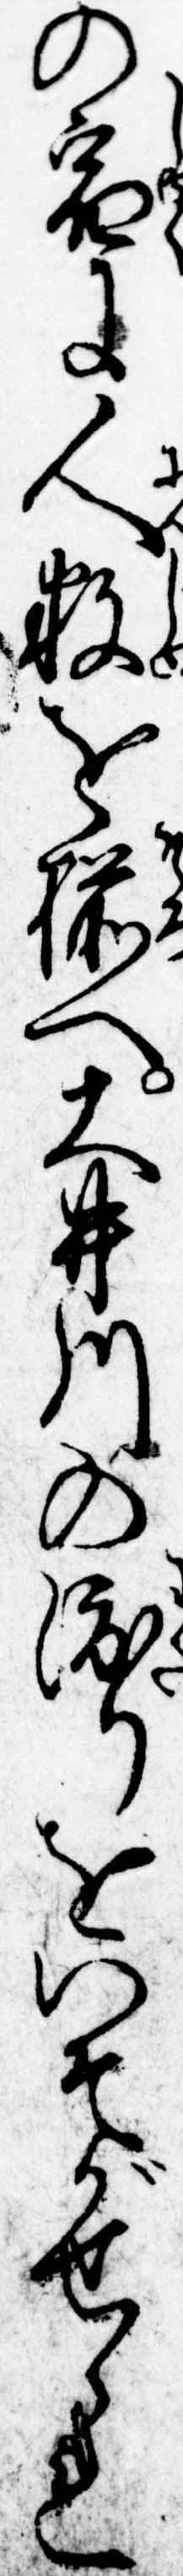
の宿に人数を揃へ大井川の渡りをいそがせられ